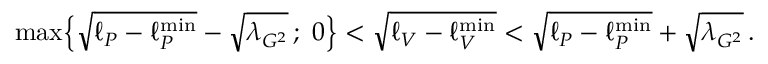
\mathrm { m a x } \Big \{ \sqrt { \ell _ { P } - \ell _ { P } ^ { \mathrm { m i n } } } - \sqrt { \lambda _ { G ^ { 2 } } } \, ; \, \, 0 \Big \} < \sqrt { \ell _ { V } - \ell _ { V } ^ { \mathrm { m i n } } } < \sqrt { \ell _ { P } - \ell _ { P } ^ { \mathrm { m i n } } } + \sqrt { \lambda _ { G ^ { 2 } } } \, .